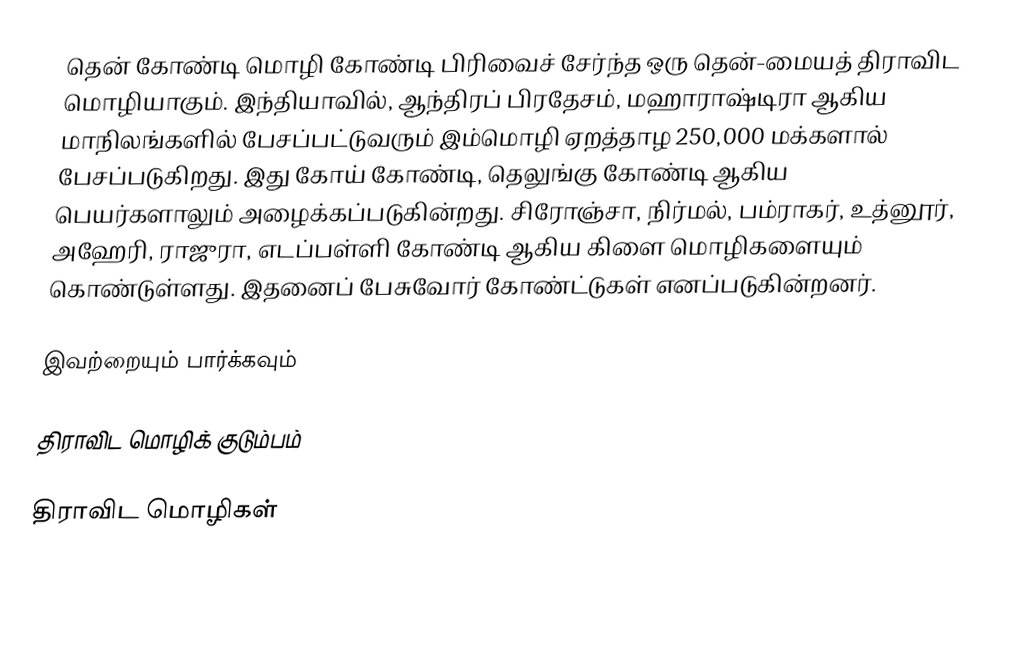
தென் கோண்டி மொழி கோண்டி பிரிவைச் சேர்ந்த ஒரு தென்-மையத் திராவிட மொழியாகும். இந்தியாவில், ஆந்திரப் பிரதேசம், மஹாராஷ்டிரா ஆகிய மாநிலங்களில் பேசப்பட்டுவரும் இம்மொழி ஏறத்தாழ 250,000 மக்களால் பேசப்படுகிறது. இது கோய் கோண்டி, தெலுங்கு கோண்டி ஆகிய பெயர்களாலும் அழைக்கப்படுகின்றது. சிரோஞ்சா, நிர்மல், பம்ராகர், உத்னூர், அஹேரி, ராஜுரா, எடப்பள்ளி கோண்டி ஆகிய கிளை மொழிகளையும் கொண்டுள்ளது.  இதனைப் பேசுவோர் கோண்ட்டுகள் எனப்படுகின்றனர்.

இவற்றையும் பார்க்கவும்

 திராவிட மொழிக் குடும்பம்

திராவிட மொழிகள்